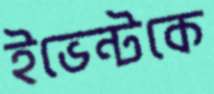
ইভেন্টকে